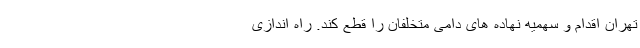
تهران اقدام و سهمیه نهاده های دامی متخلفان را قطع کند. راه اندازی